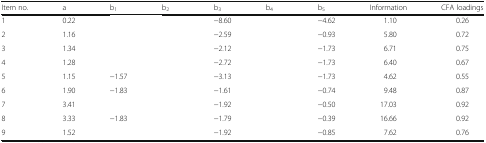
<table><thead><tr><td><b>Item no.</b></td><td><b>a</b></td><td><b>b<sub>1</sub></b></td><td><b>b<sub>2</sub></b></td><td><b>b<sub>3</sub></b></td><td><b>b<sub>4</sub></b></td><td><b>b<sub>5</sub></b></td><td><b>Information</b></td><td><b>CFA loadings</b></td></tr></thead><tbody><tr><td>1</td><td>0.22</td><td>[EMPTY_CELL]</td><td>[EMPTY_CELL]</td><td>−8.60</td><td>[EMPTY_CELL]</td><td>−4.62</td><td>1.10</td><td>0.26</td></tr><tr><td>2</td><td>1.16</td><td>[EMPTY_CELL]</td><td>[EMPTY_CELL]</td><td>−2.59</td><td>[EMPTY_CELL]</td><td>−0.93</td><td>5.80</td><td>0.72</td></tr><tr><td>3</td><td>1.34</td><td>[EMPTY_CELL]</td><td>[EMPTY_CELL]</td><td>−2.12</td><td>[EMPTY_CELL]</td><td>−1.73</td><td>6.71</td><td>0.75</td></tr><tr><td>4</td><td>1.28</td><td>[EMPTY_CELL]</td><td>[EMPTY_CELL]</td><td>−2.72</td><td>[EMPTY_CELL]</td><td>−1.73</td><td>6.40</td><td>0.67</td></tr><tr><td>5</td><td>1.15</td><td>−1.57</td><td>[EMPTY_CELL]</td><td>−3.13</td><td>[EMPTY_CELL]</td><td>−1.73</td><td>4.62</td><td>0.55</td></tr><tr><td>6</td><td>1.90</td><td>−1.83</td><td>[EMPTY_CELL]</td><td>−1.61</td><td>[EMPTY_CELL]</td><td>−0.74</td><td>9.48</td><td>0.87</td></tr><tr><td>7</td><td>3.41</td><td>[EMPTY_CELL]</td><td>[EMPTY_CELL]</td><td>−1.92</td><td>[EMPTY_CELL]</td><td>−0.50</td><td>17.03</td><td>0.92</td></tr><tr><td>8</td><td>3.33</td><td>−1.83</td><td>[EMPTY_CELL]</td><td>−1.79</td><td>[EMPTY_CELL]</td><td>−0.39</td><td>16.66</td><td>0.92</td></tr><tr><td>9</td><td>1.52</td><td>[EMPTY_CELL]</td><td>[EMPTY_CELL]</td><td>−1.92</td><td>[EMPTY_CELL]</td><td>−0.85</td><td>7.62</td><td>0.76</td></tr></tbody></table>